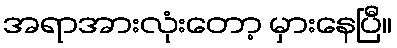
အရာအားလုံးတော့ မှားနေပြီ။